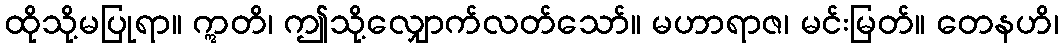
ထိုသို့မပြုရာ။ ဣတိ၊ ဤသို့လျှောက်လတ်သော်။ မဟာရာဇ၊ မင်းမြတ်။ တေနဟိ၊